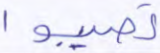
تصيبوا